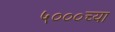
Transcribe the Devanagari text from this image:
५०००च्या